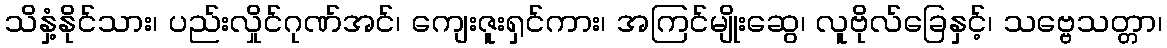
သိနှံ့နိုင်သား၊ ပည်းလှိုင်ဂုဏ်အင်၊ ကျေးဇူးရှင်ကား၊ အကြင်မျိုးဆွေ၊ လူဗိုလ်ခြေနှင့်၊ သဗ္ဗေသတ္တာ၊